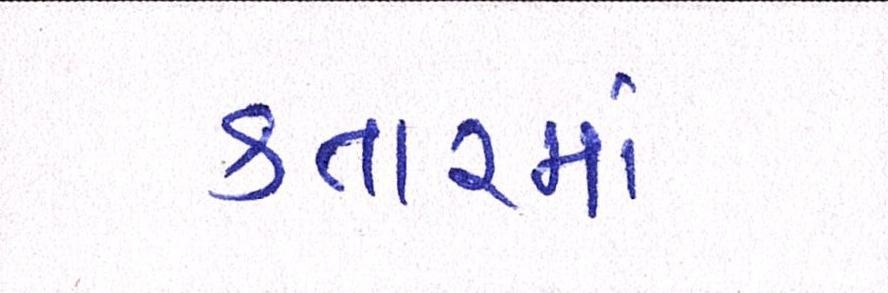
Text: કતારમાં